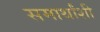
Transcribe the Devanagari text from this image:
समार्थांशी